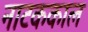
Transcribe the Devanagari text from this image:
नाटककाल